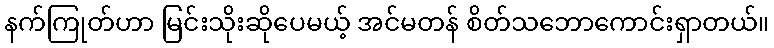
နက်ကြုတ်ဟာ မြင်းသိုးဆိုပေမယ့် အင်မတန် စိတ်သဘောကောင်းရှာတယ်။